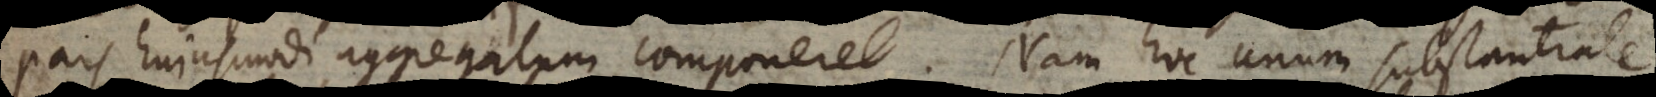
pars hujusmodi aggregatum componeret. Nam hoc unum substantiale